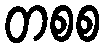
တစစ